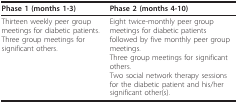
<table><thead><tr><td><b>Phase 1 (months 1-3)</b></td><td><b>Phase 2 (months 4-10)</b></td></tr></thead><tbody><tr><td>Thirteen weekly peer group meetings for diabetic patients.Three group meetings for significant others.</td><td>Eight twice-monthly peer group meetings for diabetic patients followed by five monthly peer group meetings.Three group meetings for significant others.Two social network therapy sessions for the diabetic patient and his/her significant other(s).</td></tr></tbody></table>